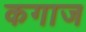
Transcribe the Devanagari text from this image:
कगाज